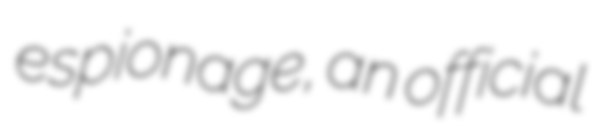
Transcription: espionage, an official